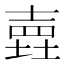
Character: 𡐎